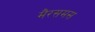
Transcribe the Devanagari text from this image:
मैरसमस